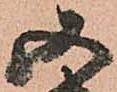
五